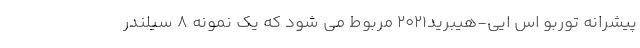
پیشرانه توربو اس ایی-هیبرید2021 مربوط می شود که یک نمونه 8 سیلندر